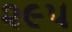
૨૯૫